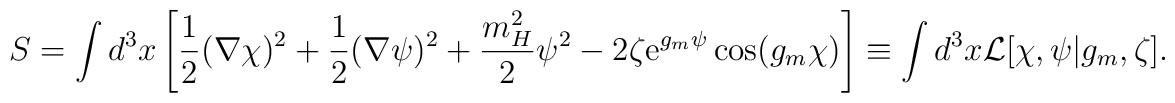
S=\int d^3x\left[\frac12(\nabla\chi)^2+\frac12(\nabla\psi)^2+\frac{m_H^2}{2}\psi^2-2\zeta{\rm e}^{g_m\psi}\cos(g_m\chi)\right]\equiv\int d^3x{\cal L}[\chi,\psi|g_m,\zeta].